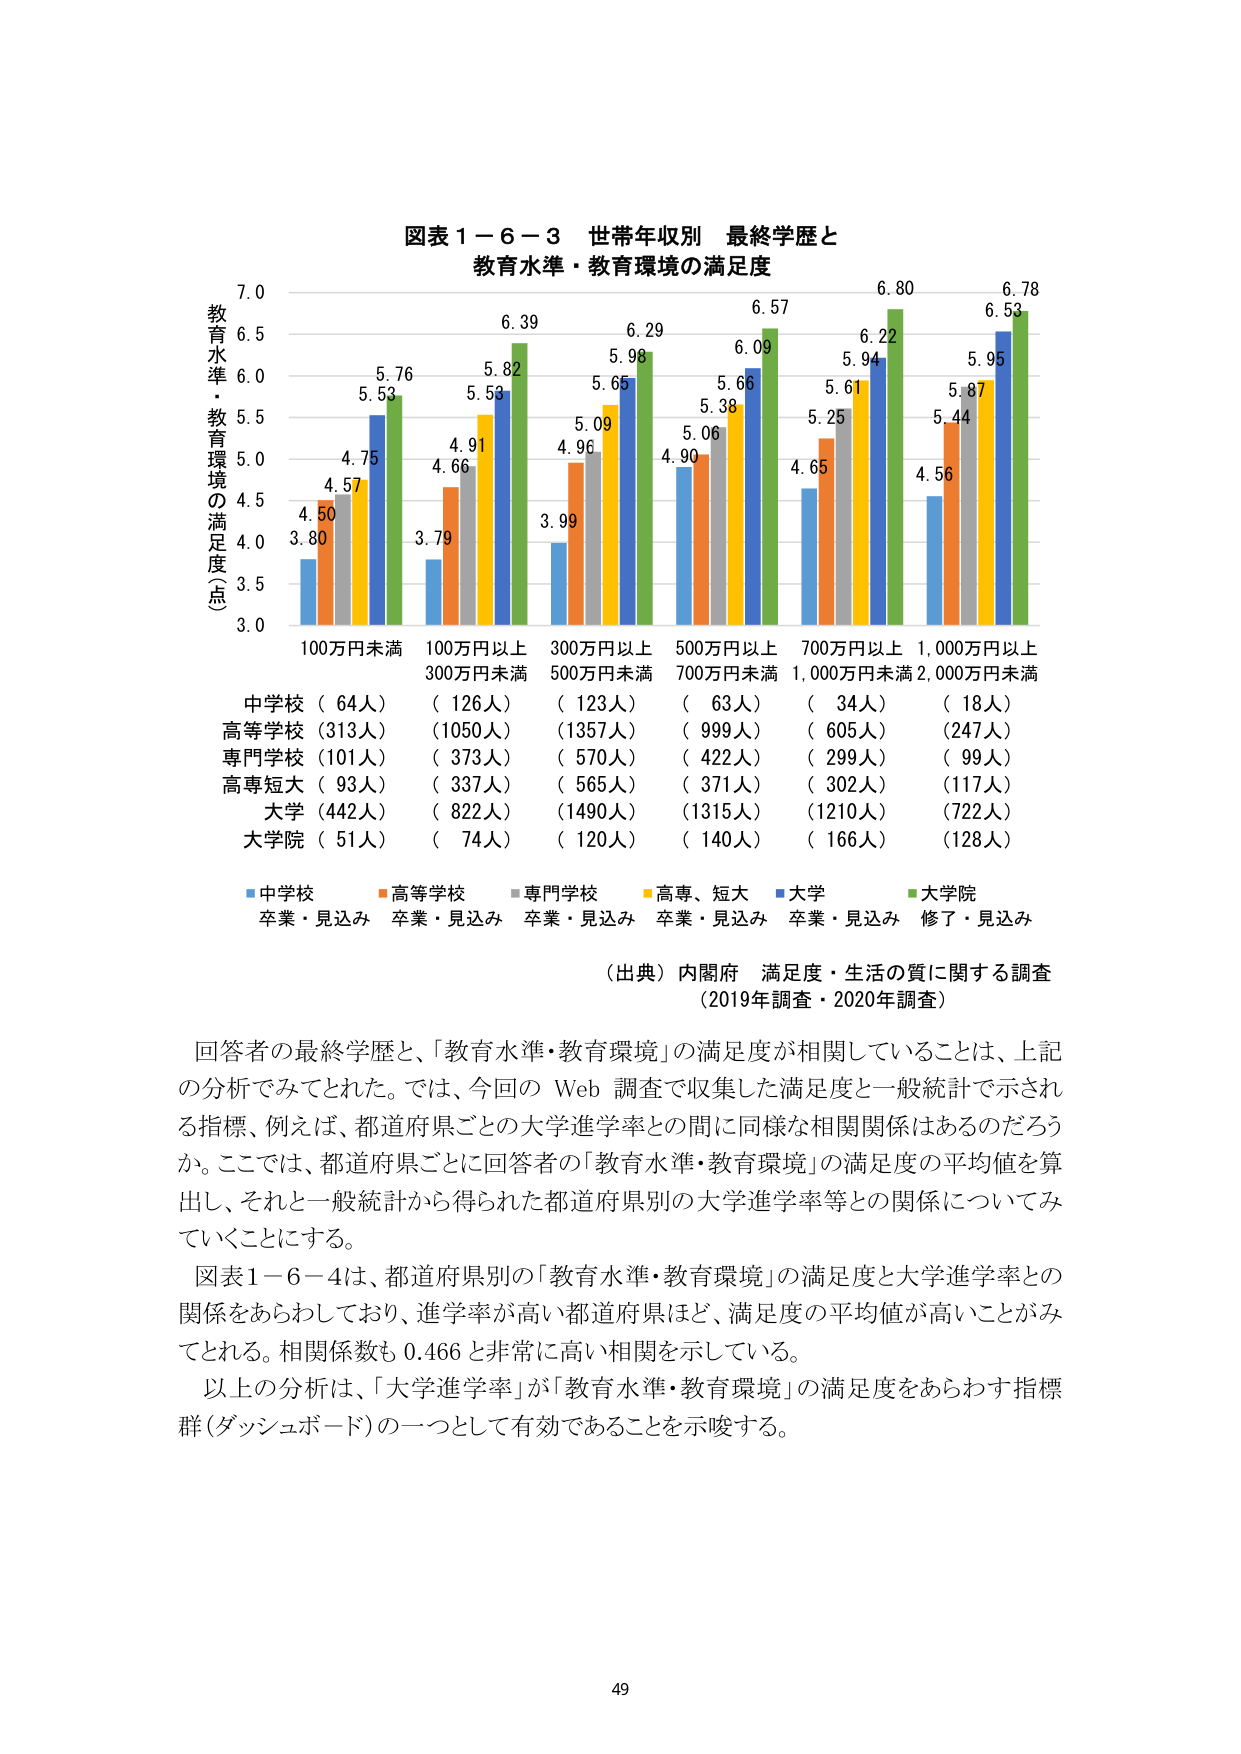
図表１－６－３ 世帯年収別 最終学歴と
教育水準・教育環境の満足度

教育水準・教育環境の満足度（点）
7.0
6.5
6.0
5.5
5.0
4.5
4.0
3.5
3.0

100万円未満
100万円以上
300万円未満
300万円以上
500万円未満
500万円以上
700万円未満
700万円以上
1,000万円未満
1,000万円以上
2,000万円未満

4.50
3.80
4.57
4.75
5.53
5.76
6.39
5.82
5.53
4.66
4.91
3.79
3.99
4.96
5.09
5.65
5.98
6.29
4.90
5.06
5.38
5.66
6.09
6.57
4.65
5.25
5.61
5.94
6.22
6.80
4.56
5.44
5.87
5.95
6.53
6.78

中学校（64人）
（126人）
（123人）
（63人）
（34人）
（18人）
高等学校（313人）
（1050人）
（1357人）
（999人）
（605人）
（247人）
専門学校（101人）
（373人）
（570人）
（422人）
（299人）
（99人）
高専短大（93人）
（337人）
（565人）
（371人）
（302人）
（117人）
大学（442人）
（822人）
（1490人）
（1315人）
（1210人）
（722人）
大学院（51人）
（74人）
（120人）
（140人）
（166人）
（128人）

■中学校 卒業・見込み
■高等学校 卒業・見込み
■専門学校 卒業・見込み
■高専、短大 卒業・見込み
■大学 卒業・見込み
■大学院 修了・見込み

（出典）内閣府 満足度・生活の質に関する調査
（2019年調査・2020年調査）

回答者の最終学歴と、「教育水準・教育環境」の満足度が相関していることは、上記の分析でみてとれた。では、今回の Web 調査で収集した満足度と一般統計で示される指標、例えば、都道府県ごとの大学進学率との間に同様な相関関係はあるのだろうか。ここでは、都道府県ごとに回答者の「教育水準・教育環境」の満足度の平均値を算出し、それと一般統計から得られた都道府県別の大学進学率等との関係についてみていくことにする。

図表１－６－４は、都道府県別の「教育水準・教育環境」の満足度と大学進学率との関係をあらわしており、進学率が高い都道府県ほど、満足度の平均値が高いことがみてとれる。相関係数も 0.466 と非常に高い相関を示している。

以上の分析は、「大学進学率」が「教育水準・教育環境」の満足度をあらわす指標群（ダッシュボード）の一つとして有効であることを示唆する。

49